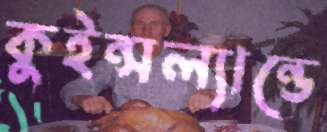
কুইন্সল্যান্ডে